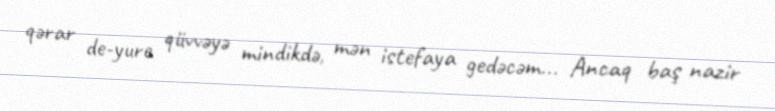
qərar de-yure qüvvəyə mindikdə, mən istefaya gedəcəm... Ancaq baş nazir